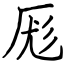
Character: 厖